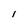
Character: l